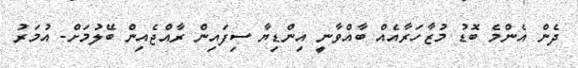
ދެން އެންމެ ބޮޑު މުޒާހަރާއެއް ބާއްވާނީ އިންޑިޔާ ސިފައިން ރާއްޖެއިން ބޭލުމަށް- އުމަރު